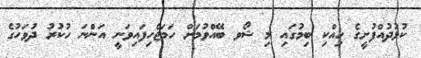
ކުޅުދުއްފުށީގެ ހިއްކި ބިމުގައި މި ޝޯވ ބޭއްވުމަށް ހަމަޖެހިފައިވަނީ އަންނަ ހުކުރު ދުވަހުގެ